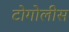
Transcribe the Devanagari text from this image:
टोगोलीस